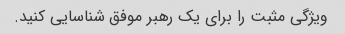
ویژگی مثبت را برای یک رهبر موفق شناسایی کنید.